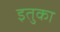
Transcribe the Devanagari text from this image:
इतुका